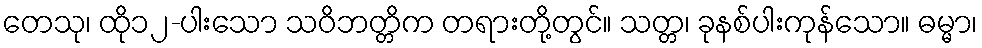
တေသု၊ ထို၁၂-ပါးသော သဝိဘတ္တိက တရားတို့တွင်။ သတ္တ၊ ခုနစ်ပါးကုန်သော။ ဓမ္မာ၊